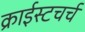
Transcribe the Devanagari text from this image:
क्राईस्टचर्च